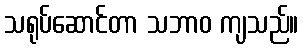
သရုပ်ဆောင်တာ သဘာဝ ကျသည်။